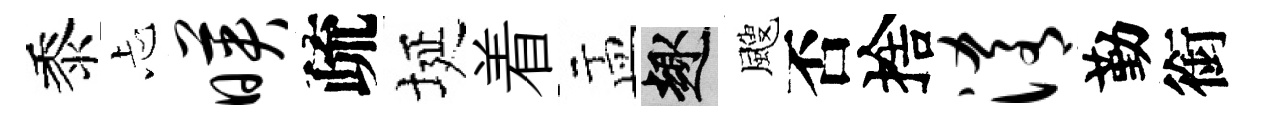
黍忐映疏埏着盂趣颼否捨淆勤銜